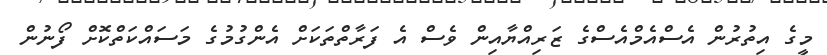
މީގެ އިތުރުން އެސްއެމްއެސްގެ ޒަރިއްޔާއިން ވެސް އެ ފަރާތްތަކަށް އެންގުމުގެ މަސައްކަތްކޮށް ފޯނުން